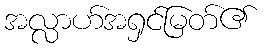
အလ္လာဟ်အရှင်မြတ်၏